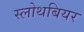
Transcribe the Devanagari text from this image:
स्लोथबियर